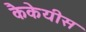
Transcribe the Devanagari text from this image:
कैकेयीस